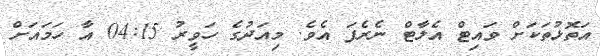
އަތޮޅުތަކަށް ވައިޓް އެލާޓް ނެރެފަ އެވެ. މިއަދުގެ ހަވީރު 04:15 އާ ހަމައަށް